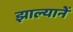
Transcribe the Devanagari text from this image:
झाल्यानें